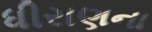
ધીરાણના